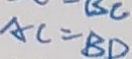
A C = B D